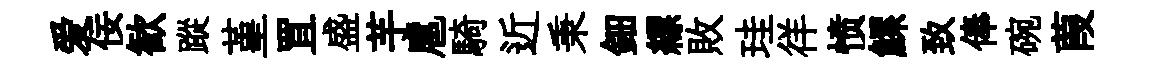
爱佞歓蹤堇罝盛芋扈騎近秉鈿縹敗珪徉愤鰥致俸碗葭